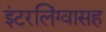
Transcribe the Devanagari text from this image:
इंटरलिंग्वासह